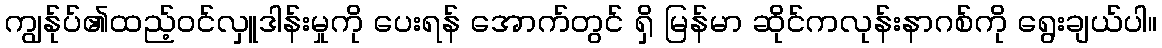
ကျွန်ုပ်၏ထည့်ဝင်လှူဒါန်းမှုကို ပေးရန် အောက်တွင် ရှိ မြန်မာ ဆိုင်ကလုန်းနာဂစ်ကို ရွေးချယ်ပါ။